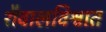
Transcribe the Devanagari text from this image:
शैवालविश्वात